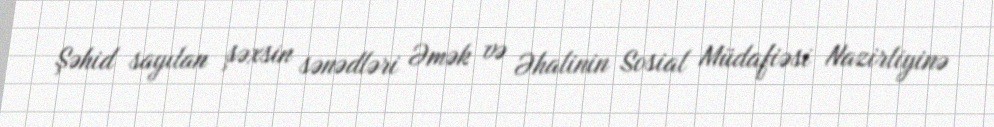
Şəhid sayılan şəxsin sənədləri Əmək və Əhalinin Sosial Müdafiəsi Nazirliyinə